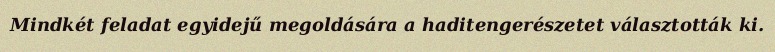
Mindkét feladat egyidejű megoldására a haditengerészetet választották ki.